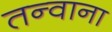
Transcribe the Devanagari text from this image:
तन्वाना